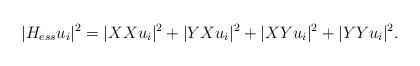
LaTeX: \begin{align*} |H_{ess} u_i|^2 = |XXu_i|^2+|YXu_i|^2+|XYu_i|^2+|YYu_i|^2. \end{align*}